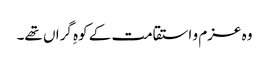
وہ عزم و استقامت کے کوہِ گراں تھے۔